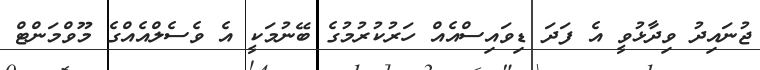
ޖުނައިދު ވިދާޅުވީ އެ ފަދަ ޑިވައިސްއެއް ހަރުކުރުމުގެ ބޭނުމަކީ އެ ވެސެލްއެއްގެ މޫވްމަންޓް